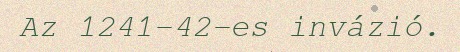
Az 1241–42-es invázió.